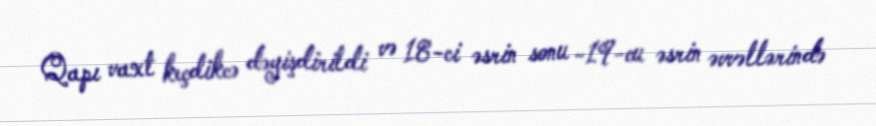
Qapı vaxt keçdikcə dəyişdirildi və 18-ci əsrin sonu -19-cu əsrin əvvəllərində